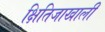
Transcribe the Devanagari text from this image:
क्षितिजाखाली